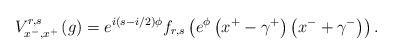
LaTeX: \begin{align*}V_{x^{-},x^{+}}^{r,s}\left( g\right) =e^{i\left( s-i/2\right) \phi}f_{r,s}\left( e^{\phi }\left( x^{+}-\gamma ^{+}\right) \left( x^{-}+\gamma^{-}\right) \right) .\end{align*}